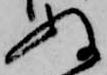
ぬ